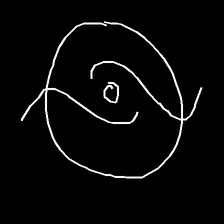
Glyph: repetition